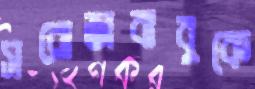
সরোজবাবুকে